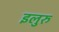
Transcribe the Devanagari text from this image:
इलुरु